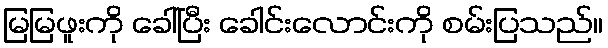
မြမြဖူးကို ခေါ်ပြီး ခေါင်းလောင်းကို စမ်းပြသည်။